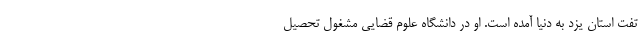
تفت استان یزد به دنیا آمده است. او در دانشگاه علوم قضایی مشغول تحصیل